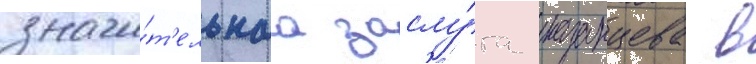
значи́т'ельнаа заслу́га казанцева в